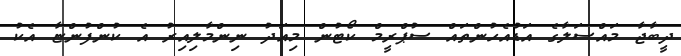
ދީބާޖާ މައްސަލާގެ އަޑުއެހުންތައް ސުޕްރީމް ކޯޓުން މިއަދު ނިންމާލިއިރު އެ ކުންފުންޏާ އެކު